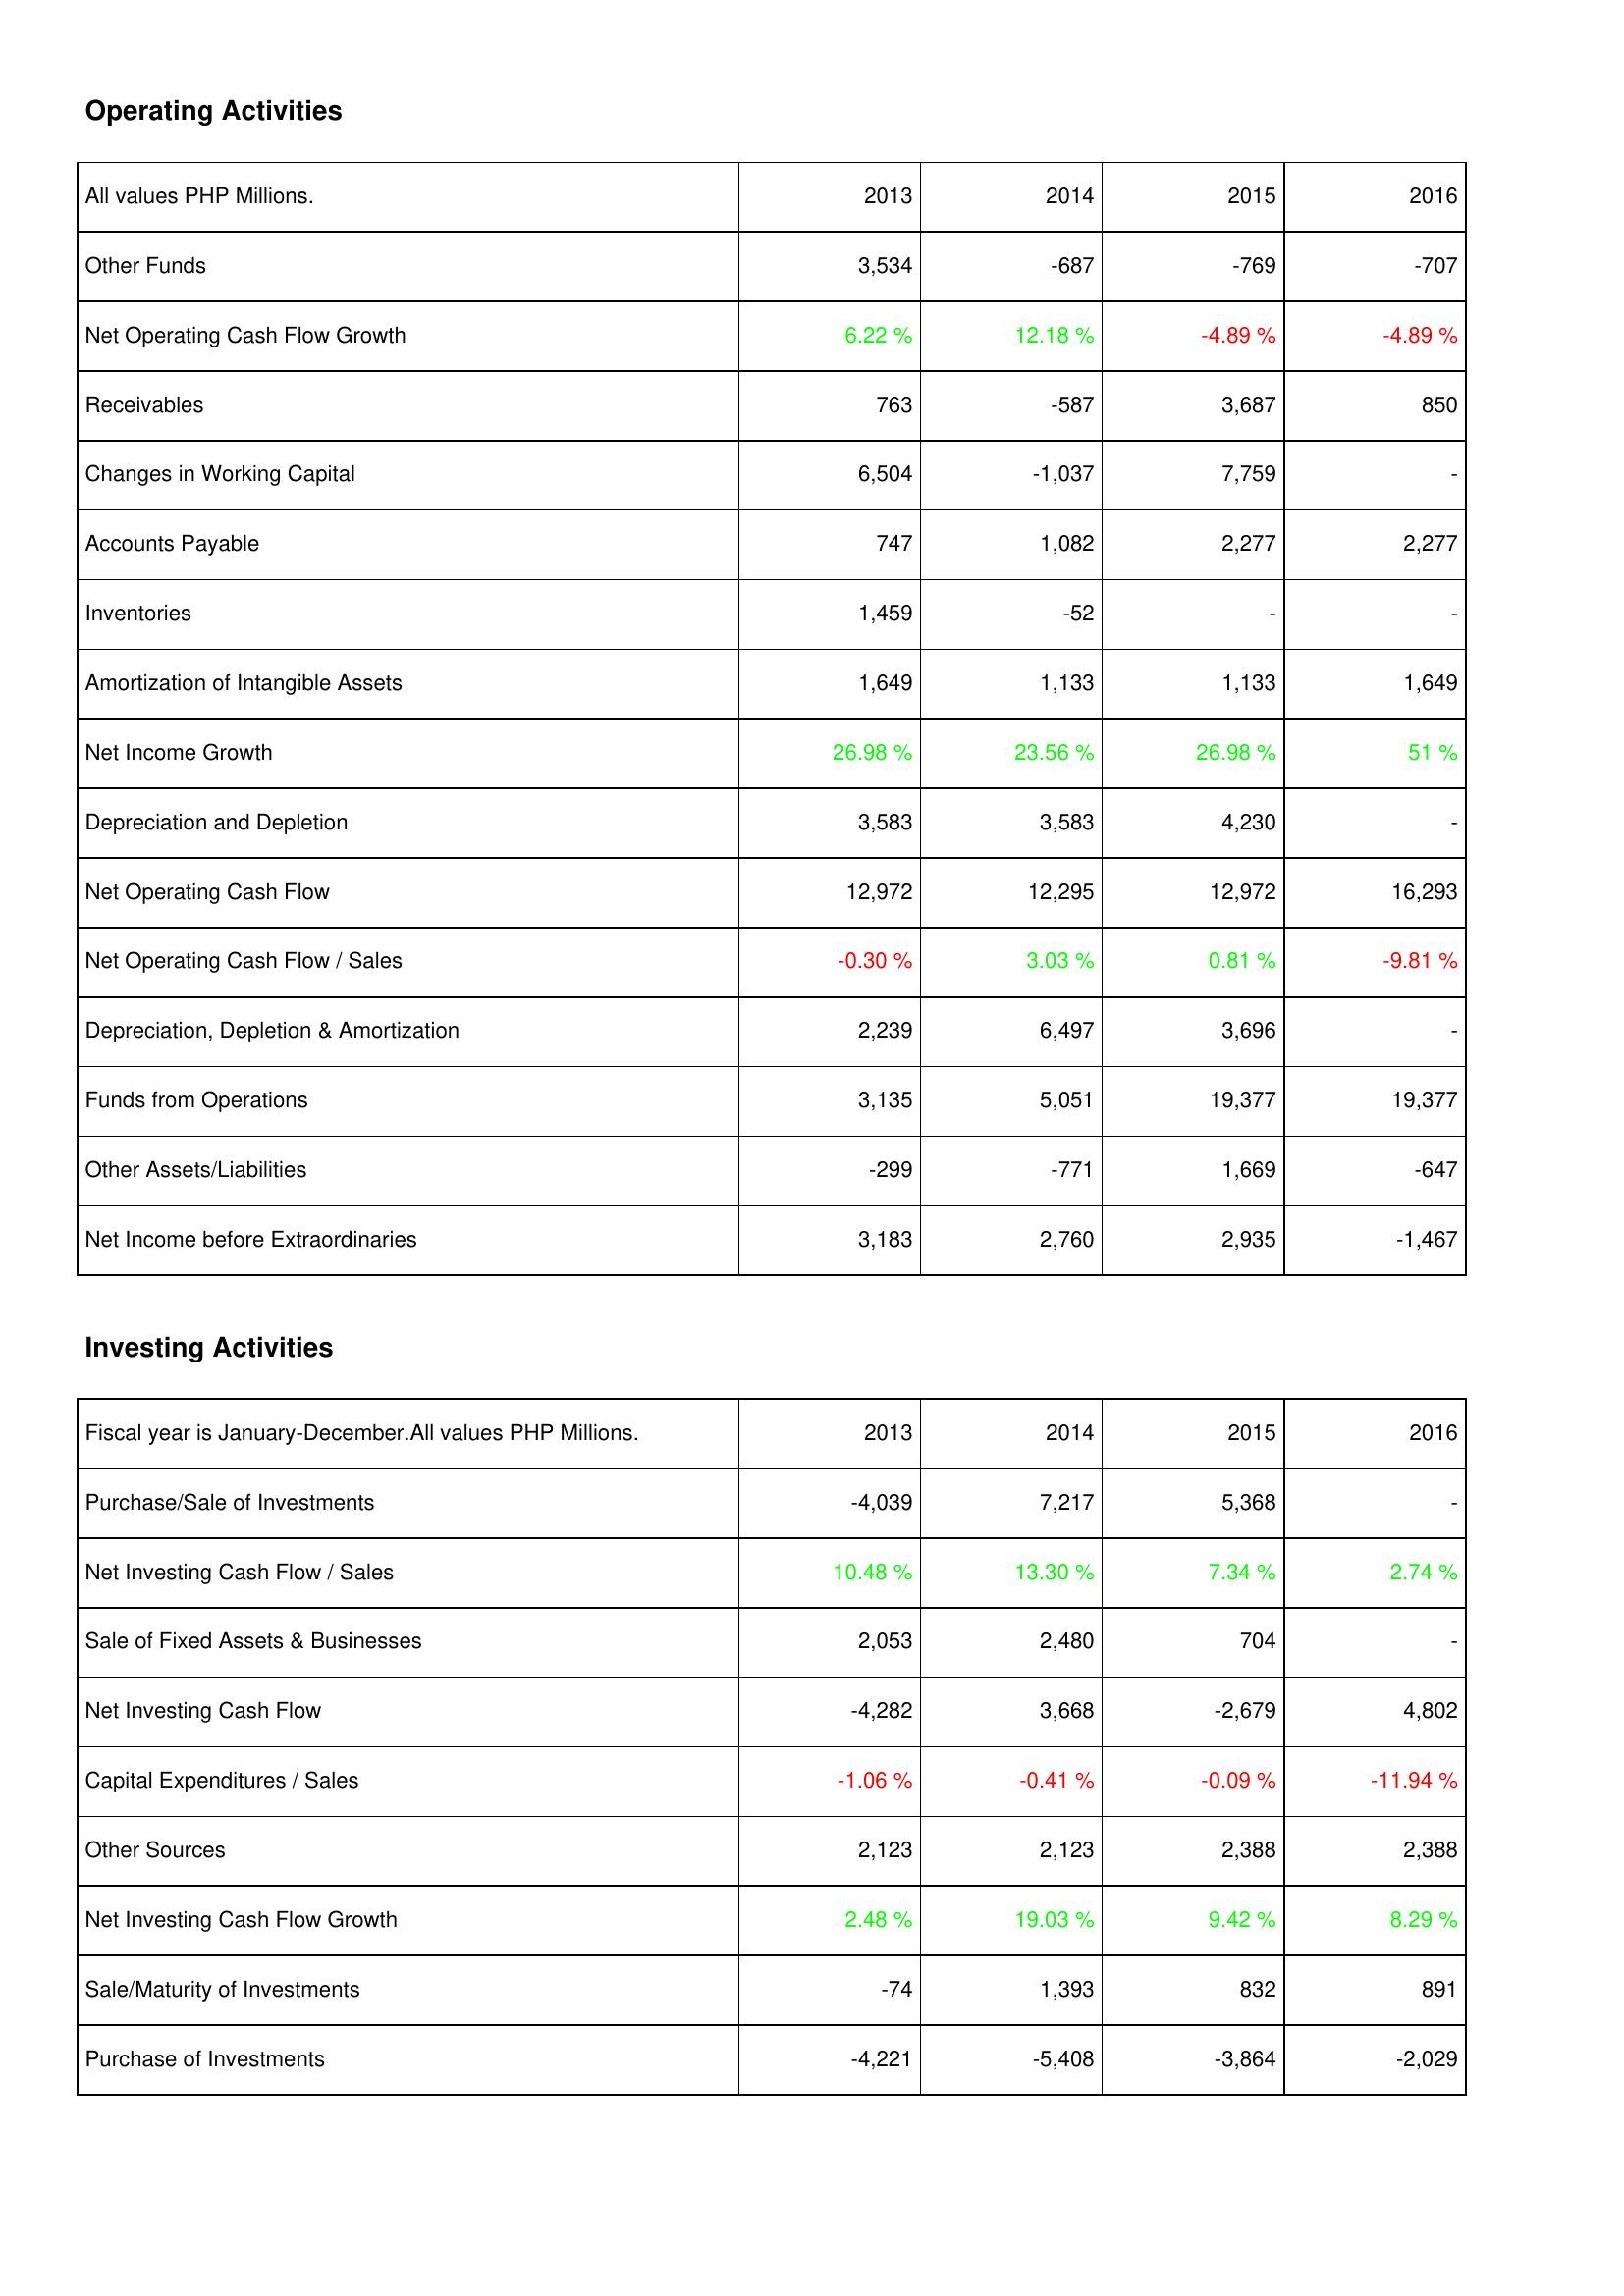
2013: Operating Activities: Other Funds: 3,534
Net Operating Cash Flow Growth: 6.22 %
Receivables: 763
Changes in Working Capital: 6,504
Accounts Payable: 747
Inventories: 1,459
Amortization of Intangible Assets: 1,649
Net Income Growth: 26.98 %
Depreciation and Depletion: 3,583
Net Operating Cash Flow: 12,972
Net Operating Cash Flow / Sales: -0.30 %
Depreciation, Depletion & Amortization: 2,239
Funds from Operations: 3,135
Other Assets/Liabilities: -299
Net Income before Extraordinaries: 3,183
Investing Activities: Purchase/Sale of Investments: -4,039
Net Investing Cash Flow / Sales: 10.48 %
Sale of Fixed Assets & Businesses: 2,053
Net Investing Cash Flow: -4,282
Capital Expenditures / Sales: -1.06 %
Other Sources: 2,123
Net Investing Cash Flow Growth: 2.48 %
Sale/Maturity of Investments: -74
Purchase of Investments: -4,221
2014: Operating Activities: Other Funds: -687
Net Operating Cash Flow Growth: 12.18 %
Receivables: -587
Changes in Working Capital: -1,037
Accounts Payable: 1,082
Inventories: -52
Amortization of Intangible Assets: 1,133
Net Income Growth: 23.56 %
Depreciation and Depletion: 3,583
Net Operating Cash Flow: 12,295
Net Operating Cash Flow / Sales: 3.03 %
Depreciation, Depletion & Amortization: 6,497
Funds from Operations: 5,051
Other Assets/Liabilities: -771
Net Income before Extraordinaries: 2,760
Investing Activities: Purchase/Sale of Investments: 7,217
Net Investing Cash Flow / Sales: 13.30 %
Sale of Fixed Assets & Businesses: 2,480
Net Investing Cash Flow: 3,668
Capital Expenditures / Sales: -0.41 %
Other Sources: 2,123
Net Investing Cash Flow Growth: 19.03 %
Sale/Maturity of Investments: 1,393
Purchase of Investments: -5,408
2015: Operating Activities: Other Funds: -769
Net Operating Cash Flow Growth: -4.89 %
Receivables: 3,687
Changes in Working Capital: 7,759
Accounts Payable: 2,277
Inventories: -
Amortization of Intangible Assets: 1,133
Net Income Growth: 26.98 %
Depreciation and Depletion: 4,230
Net Operating Cash Flow: 12,972
Net Operating Cash Flow / Sales: 0.81 %
Depreciation, Depletion & Amortization: 3,696
Funds from Operations: 19,377
Other Assets/Liabilities: 1,669
Net Income before Extraordinaries: 2,935
Investing Activities: Purchase/Sale of Investments: 5,368
Net Investing Cash Flow / Sales: 7.34 %
Sale of Fixed Assets & Businesses: 704
Net Investing Cash Flow: -2,679
Capital Expenditures / Sales: -0.09 %
Other Sources: 2,388
Net Investing Cash Flow Growth: 9.42 %
Sale/Maturity of Investments: 832
Purchase of Investments: -3,864
2016: Operating Activities: Other Funds: -707
Net Operating Cash Flow Growth: -4.89 %
Receivables: 850
Changes in Working Capital: -
Accounts Payable: 2,277
Inventories: -
Amortization of Intangible Assets: 1,649
Net Income Growth: 51 %
Depreciation and Depletion: -
Net Operating Cash Flow: 16,293
Net Operating Cash Flow / Sales: -9.81 %
Depreciation, Depletion & Amortization: -
Funds from Operations: 19,377
Other Assets/Liabilities: -647
Net Income before Extraordinaries: -1,467
Investing Activities: Purchase/Sale of Investments: -
Net Investing Cash Flow / Sales: 2.74 %
Sale of Fixed Assets & Businesses: -
Net Investing Cash Flow: 4,802
Capital Expenditures / Sales: -11.94 %
Other Sources: 2,388
Net Investing Cash Flow Growth: 8.29 %
Sale/Maturity of Investments: 891
Purchase of Investments: -2,029